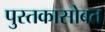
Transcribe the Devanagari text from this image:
पुस्तकासोबत